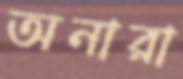
অনারা